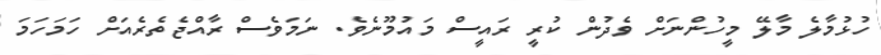
ހުޅުމާލެ މާލޭ މީހުންނަށް ވެދުން ކުރީ ރައީސް މައުމޫނެވެ. ނަމަވެސް ރާއްޖެތެރެއަށް ހަމަހަމަ